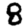
Digit: 8